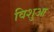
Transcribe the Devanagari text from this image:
विशुआ